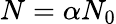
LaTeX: N=\alpha N_{0}